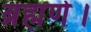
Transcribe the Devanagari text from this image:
ब्रह्मणे।